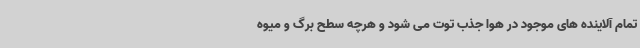
تمام آلاینده های موجود در هوا جذب توت می شود و هرچه سطح برگ و میوه